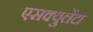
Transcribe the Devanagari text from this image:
एसक्युलेंटा